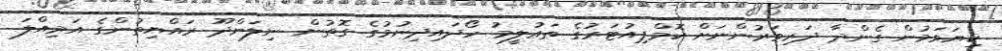
ކިޔަވަމުން ގެންދާ ދަރިވަރުންނަށް ކޮމްޕިއުޓަރުގެ ތަޢުލީމު ހޯދައިދިނުމުގެ ގޮތުން ނިލަންދޫ ރައްޔިތުންގެ އަމިއްލަ